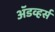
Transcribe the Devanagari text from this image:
अॅडव्हर्स